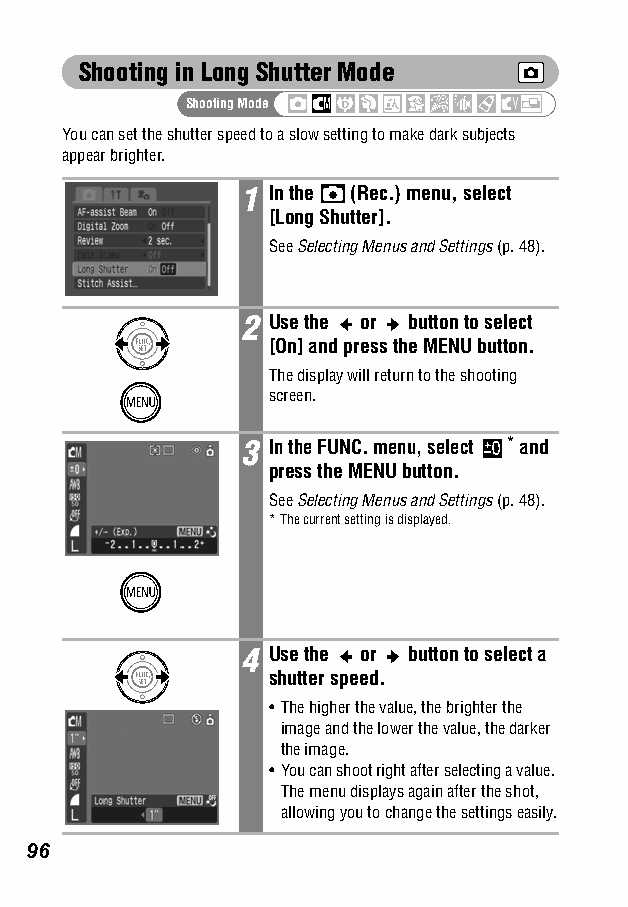
Shooting in Long Shutter Mode
 Shooting Mode
 You can set the shutter speed to a slow setting to make dark subjects
 appear brighter.
 1 In the (Rec.) menu, select
 [Long Shutter].
 SeeSelecting Menus and Settings (p. 48).
 2 Use the or button to select
 [On] and press the MENU button.
 The display will return to the shooting
 screen.
 3 In the FUNC. menu, select *and
 press the MENU button.
 SeeSelecting Menus and Settings (p. 48).
 *The current setting is displayed.
 4 Use the or button to select a
 shutter speed.
 •The higher the value, the brighter the
 image and the lower the value, the darker
 the image.
 •You can shoot right after selecting a value.
 The menu displays again after the shot,
 allowing you to change the settings easily.
 96